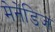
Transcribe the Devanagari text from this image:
मेनेंडिज